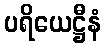
ပရိယေဋ္ဌီနံ